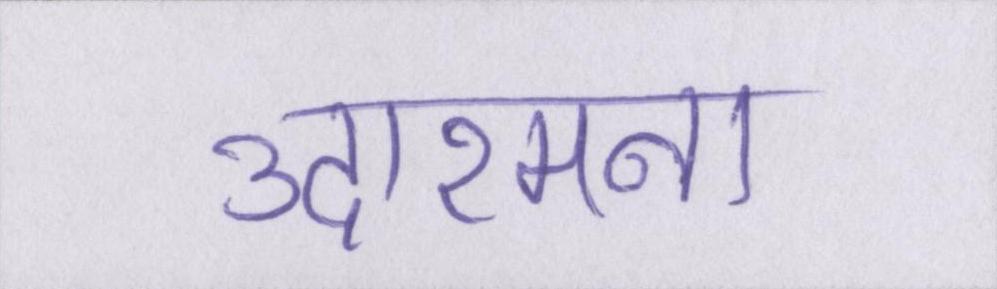
उदारमना